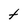
Character: t